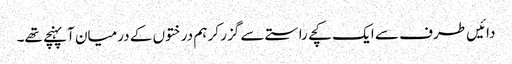
دائیں طرف سے ایک کچے راستے سے گزر کر ہم درختوں کے درمیان آپہنچے تھے۔